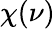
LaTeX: \chi(\nu)